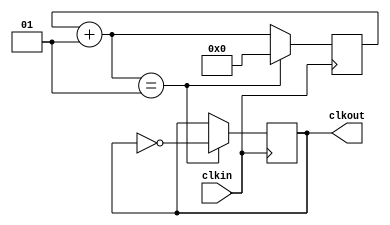
`timescale 1ns / 1ps
//////////////////////////////////////////////////////////////////////////////////
// Company: 
// Engineer: 
// 
// Design Name: 
// Module Name: clock_devider
// Project Name: 
// Target Devices: 
// Tool Versions: 
// Description: 
// 
// Dependencies: 
// 
// Revision:
// Revision 0.01 - File Created
// Additional Comments:
// 
//////////////////////////////////////////////////////////////////////////////////


module clock_divider#(parameter Time=2)//
(
    input wire clkin,
    output reg clkout
);
    integer counter=0;
    initial clkout = 0;
    always @ (posedge clkin)
    begin
        if((counter+1)==Time/2)
        begin
            counter <= 0;
            clkout <= ~clkout;
        end
        else
            counter <= counter+1;
    end
endmodule